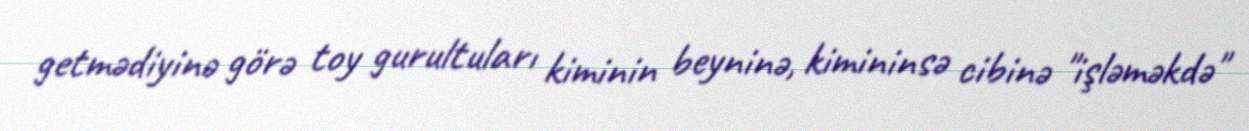
getmədiyinə görə toy gurultuları kiminin beyninə, kimininsə cibinə "işləməkdə"